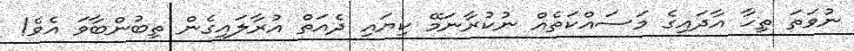
ނުވަތަ ތިހާ އާދައިގެ މަސައްކަތެއް ނުކުރާނަމޭ ކިޔައި ދެއަތް އުރާލައިގެން ތިބުންބާވަ އެވެ!